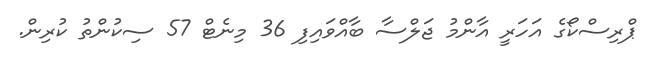
ޕްރިސްކޯގެ އަހަރީ އާންމު ޖަލްސާ ބާއްވައިފި 36 މިނެޓް 57 ސިކުންތު ކުރިން.